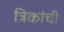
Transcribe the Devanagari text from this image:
त्रिकांची